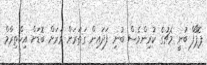
ޕޮޕޯފް ބުނީ މެޗުގެ ކުރިންވެސް ބުނި ފަދައިން ގަތަރަށް ވަރަށް ބޮޑަށް އިހްތިރާމް